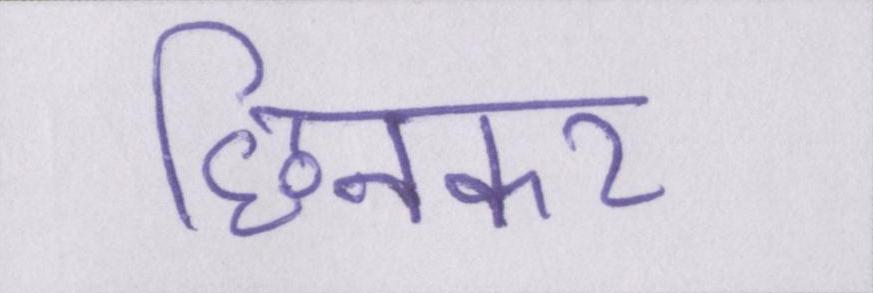
छिनकर